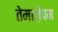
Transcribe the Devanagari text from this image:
तेमाज़ेपम